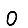
Digit: 0